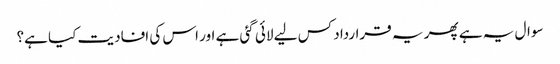
سوال یہ ہے پھر یہ قرارداد کس لیے لائی گئی ہے اور اس کی افادیت کیا ہے؟